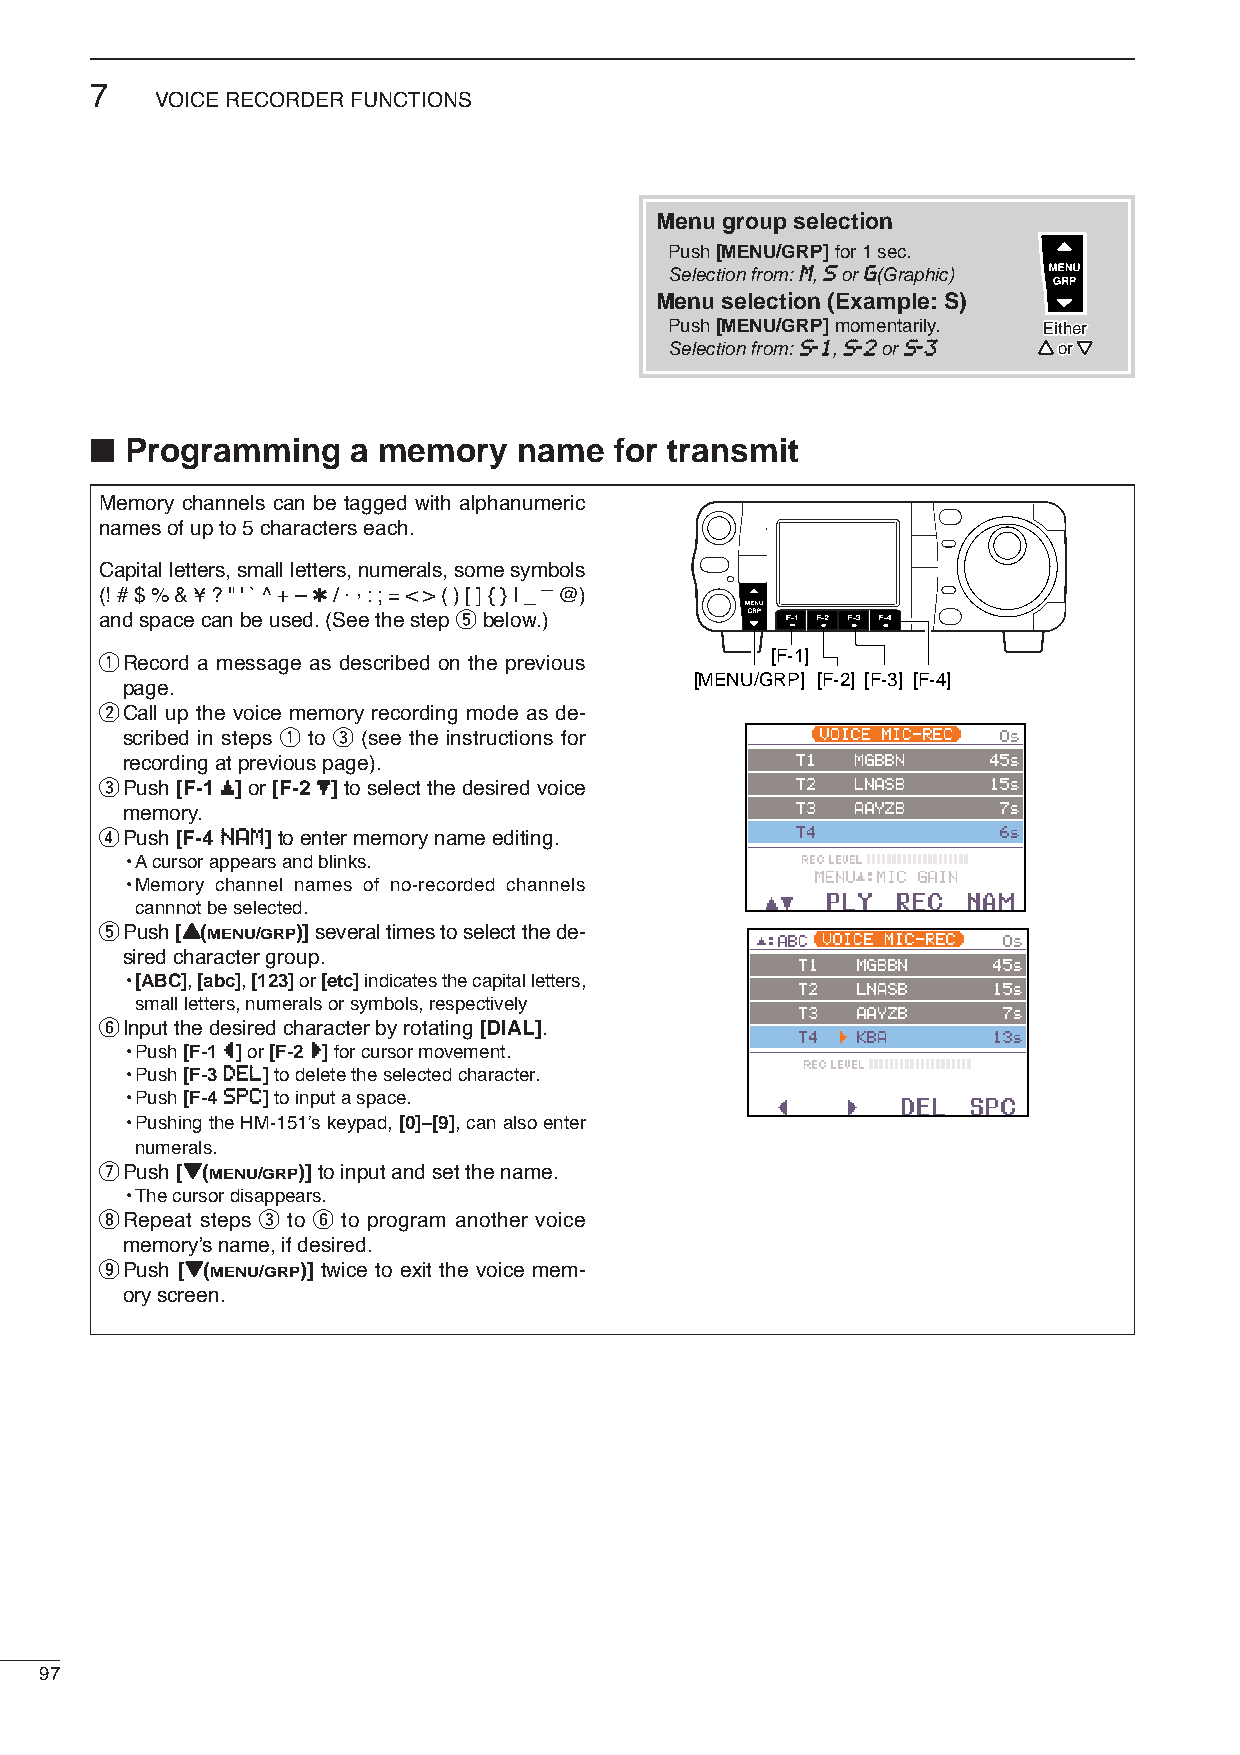
7
 VOICE RECORDER FUNCTIONS
 Menu group selection
 Push [MENU/GRP]for 1 sec.
 Selection from: MM, SSor GG(Graphic)
 Menu selection (Example: S)
 Push [MENU/GRP]momentarily. EEiitthheerr
 Selection from: SS--11, SS--22or SS--33 YY oorr ZZ
 ■
 Programming    a memory   name   for transmit
 Memory channels can be tagged with alphanumeric
 names of up to 5 characters each.
 Capital letters, small letters, numerals, some symbols
 _
 (! # $ % & ¥ ? " ' ` ^ + – ✱/ .,: ; = < > ( ) [ ] { } | _ @)
 and space can be used. (See the step tbelow.)
 qRecord a message as described on the previous [F-1]
 [MENU/GRP] [F-2] [F-3] [F-4]
 page.
 wCall up the voice memory recording mode as de-
 scribed in steps q to e (see the instructions for
 recording at previous page).
 ePush [F-1≤≤]or [F-2≥≥]to selectthe desired voice
 memory.
 rPush [F-4 NNAAMM]to enter memory name editing.
 •Acursor appears and blinks.
 •Memory channel names of no-recorded channels
 cannnot be selected.
 tPush [YY(MENU/GRP)]several times to select the de-
 sired character group.
 •[ABC], [abc], [123]or [etc]indicates the capital letters,
 small letters, numerals or symbols, respectively
 yInput the desired character by rotating [DIAL].
 •Push [F-1 ÅÅ]or [F-2 ÇÇ]for cursor movement.
 •Push [F-3 DDEELL]to delete the selected character.
 •Push [F-4 SSPPCC]to input a space.
 •Pushing the HM-151’s keypad, [0]–[9], can also enter
 numerals.
 uPush [ZZ(MENU/GRP)]to input and set the name.
 •The cursor disappears.
 iRepeat steps e to y to program another voice
 memory’s name, if desired.
 oPush [ZZ(MENU/GRP)] twice to exit the voice mem-
 ory screen.
 97